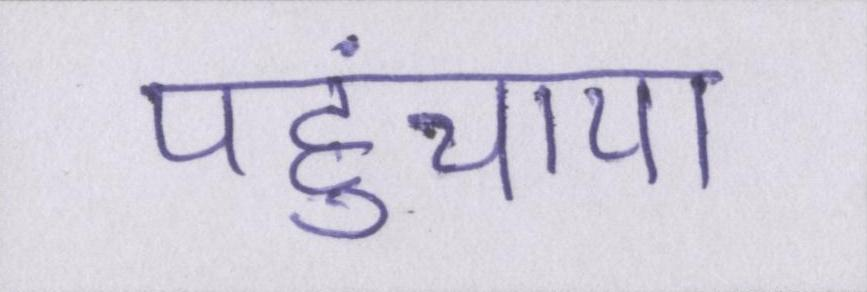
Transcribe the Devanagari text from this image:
पहुंचाया